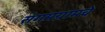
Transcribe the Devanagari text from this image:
संगमग्रामचे